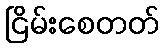
ငြိမ်းစေတတ်